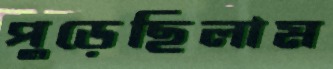
পুড়েছিলাম